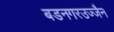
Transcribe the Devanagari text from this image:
बडनगरउज्जैन